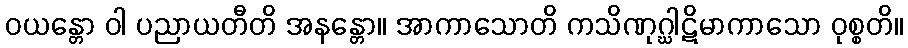
ဝယန္တော ဝါ ပညာယတီတိ အနန္တော။ အာကာသောတိ ကသိဏုဂ္ဃါဋိမာကာသော ဝုစ္စတိ။